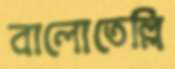
বালোতেল্লি